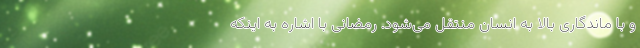
و با ماندگاری بالا به انسان منتقل می‌شود. رمضانی با اشاره به اینکه